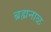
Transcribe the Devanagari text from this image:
ब्रह्मनाळ